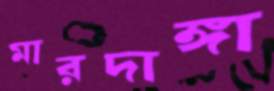
মারদাঙ্গা